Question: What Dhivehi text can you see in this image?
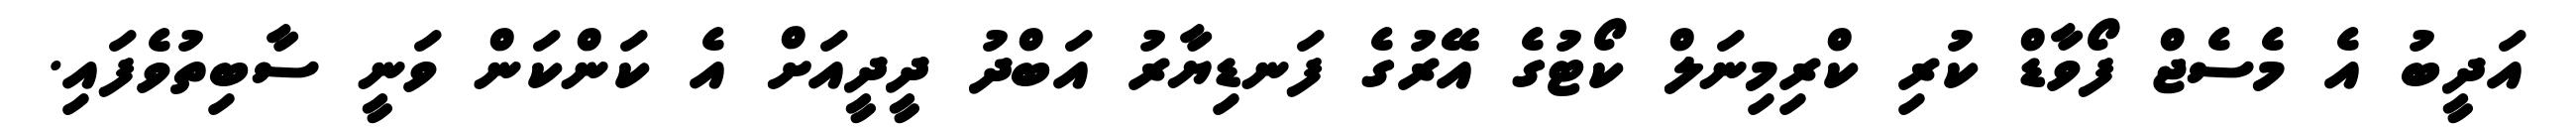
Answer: އަދީބު އެ މެސެޖް ފޯވާޑް ކުރި ކްރިމިނަލް ކޯޓުގެ އޭރުގެ ފަނޑިޔާރު އަބްދު ދީދީއަށް އެ ކަންކަން ވަނީ ސާބިތުވެފައި.